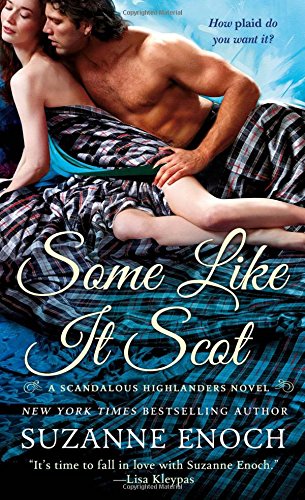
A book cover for Some Like It Scot (Scandalous Highlanders); Suzanne Enoch; Romance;